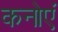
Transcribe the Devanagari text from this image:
कनोएं